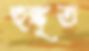
হুঙ্কৃত